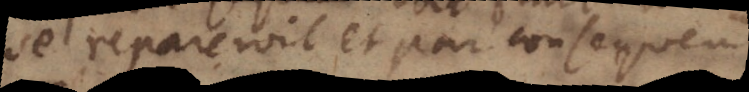
se repareroit et par consequent